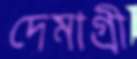
দেমাগ্রী